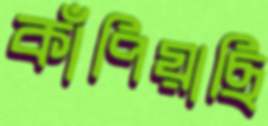
কাঁপিয়াছি